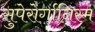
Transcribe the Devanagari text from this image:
सुपेरोर्गानिस्म